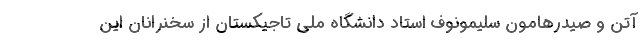
آتن و صیدرهامون سلیمونوف استاد دانشگاه ملی تاجیکستان از سخنرانان این